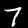
Label: 7